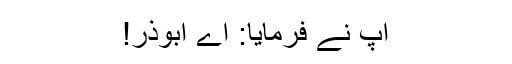
آپ ؐنے فرمایا: اے ابوذر!